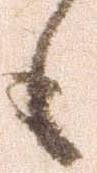
も